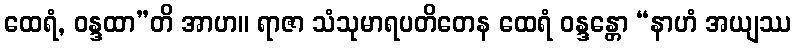
ထေရံ, ဝန္ဒထာ”တိ အာဟ။ ရာဇာ သံသုမာရပတိတေန ထေရံ ဝန္ဒန္တော “နာဟံ အယျဿ